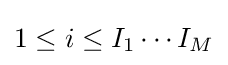
1\leq i\leq I_{1}\cdots I_{M}